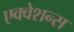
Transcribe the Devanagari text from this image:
एक्वेशन्स